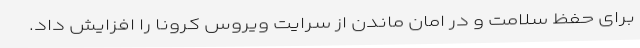
برای حفظ سلامت و در امان ماندن از سرایت ویروس کرونا را افزایش داد.